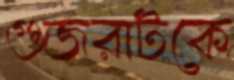
গুজরাটকে